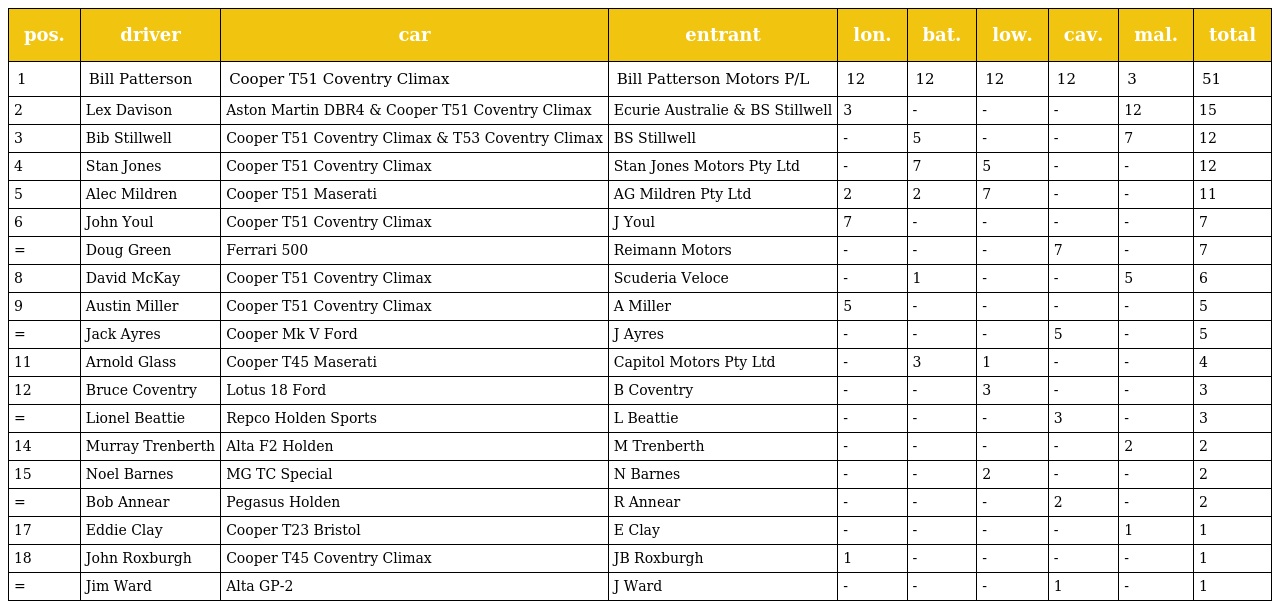
| pos. | driver | car | entrant | lon. | bat. | low. | cav. | mal. | total |
 | --- | --- | --- | --- | --- | --- | --- | --- | --- | --- |
 | 1 | Bill Patterson | Cooper T51 Coventry Climax | Bill Patterson Motors P/L | 12 | 12 | 12 | 12 | 3 | 51 |
 | 2 | Lex Davison | Aston Martin DBR4 & Cooper T51 Coventry Climax | Ecurie Australie & BS Stillwell | 3 | - | - | - | 12 | 15 |
 | 3 | Bib Stillwell | Cooper T51 Coventry Climax & T53 Coventry Climax | BS Stillwell | - | 5 | - | - | 7 | 12 |
 | 4 | Stan Jones | Cooper T51 Coventry Climax | Stan Jones Motors Pty Ltd | - | 7 | 5 | - | - | 12 |
 | 5 | Alec Mildren | Cooper T51 Maserati | AG Mildren Pty Ltd | 2 | 2 | 7 | - | - | 11 |
 | 6 | John Youl | Cooper T51 Coventry Climax | J Youl | 7 | - | - | - | - | 7 |
 | = | Doug Green | Ferrari 500 | Reimann Motors | - | - | - | 7 | - | 7 |
 | 8 | David McKay | Cooper T51 Coventry Climax | Scuderia Veloce | - | 1 | - | - | 5 | 6 |
 | 9 | Austin Miller | Cooper T51 Coventry Climax | A Miller | 5 | - | - | - | - | 5 |
 | = | Jack Ayres | Cooper Mk V Ford | J Ayres | - | - | - | 5 | - | 5 |
 | 11 | Arnold Glass | Cooper T45 Maserati | Capitol Motors Pty Ltd | - | 3 | 1 | - | - | 4 |
 | 12 | Bruce Coventry | Lotus 18 Ford | B Coventry | - | - | 3 | - | - | 3 |
 | = | Lionel Beattie | Repco Holden Sports | L Beattie | - | - | - | 3 | - | 3 |
 | 14 | Murray Trenberth | Alta F2 Holden | M Trenberth | - | - | - | - | 2 | 2 |
 | 15 | Noel Barnes | MG TC Special | N Barnes | - | - | 2 | - | - | 2 |
 | = | Bob Annear | Pegasus Holden | R Annear | - | - | - | 2 | - | 2 |
 | 17 | Eddie Clay | Cooper T23 Bristol | E Clay | - | - | - | - | 1 | 1 |
 | 18 | John Roxburgh | Cooper T45 Coventry Climax | JB Roxburgh | 1 | - | - | - | - | 1 |
 | = | Jim Ward | Alta GP-2 | J Ward | - | - | - | 1 | - | 1 |